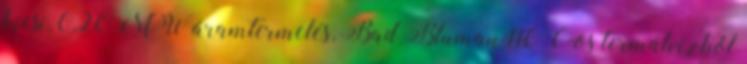
kicsi, 0,20 MW áramtermelés, Bad Blumau 110 C-os termálvízből